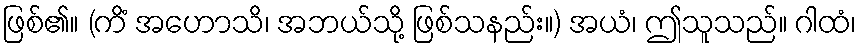
ဖြစ်၏။ (ကိံ အဟောသိ၊ အဘယ်သို့ ဖြစ်သနည်း။) အယံ၊ ဤသူသည်။ ဂါထံ၊